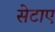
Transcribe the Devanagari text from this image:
सेटाए